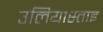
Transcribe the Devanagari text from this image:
उलियास्ताइ